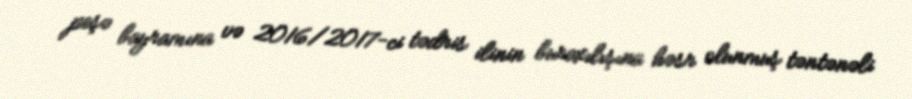
peşə bayramına və 2016/2017-ci tədris ilinin buraxılışına həsr olunmuş təntənəli